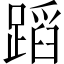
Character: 蹈